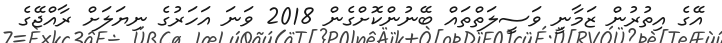
އޭގެ އިތުރުން ޒަމާނީ ވަސީލަތްތައް ބޭނުންކޮށްގެން 2018 ވަނަ އަހަރުގެ ނިޔަލަށް ރާއްޖޭގެ